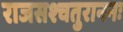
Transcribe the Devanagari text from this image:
राजसश्चतुराननः